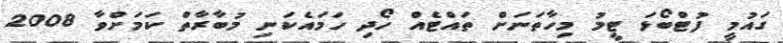
ގައުމީ ފުޓްބޯޅަ ޓީމު މިހާތަނަށް ތައްޓެއް ހޯދި ހަމައެކަނި މުބާރާތް ކަމަށްވާ 2008